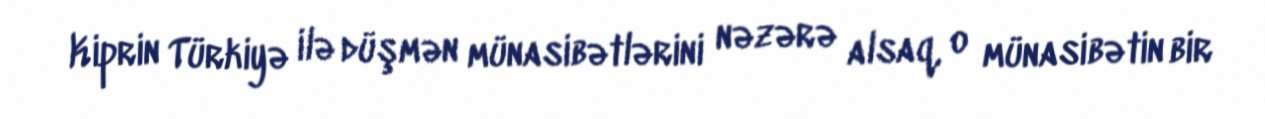
Kiprin Türkiyə ilə düşmən münasibətlərini nəzərə alsaq, o münasibətin bir